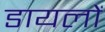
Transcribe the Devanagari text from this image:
डायलों